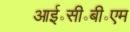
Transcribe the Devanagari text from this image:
आई॰सी॰बी॰एम